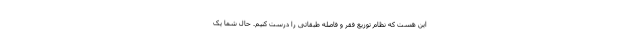
این هست که نظام توزیع فقر و فاصله طبقاتی را درست کنیم. حال شما یک